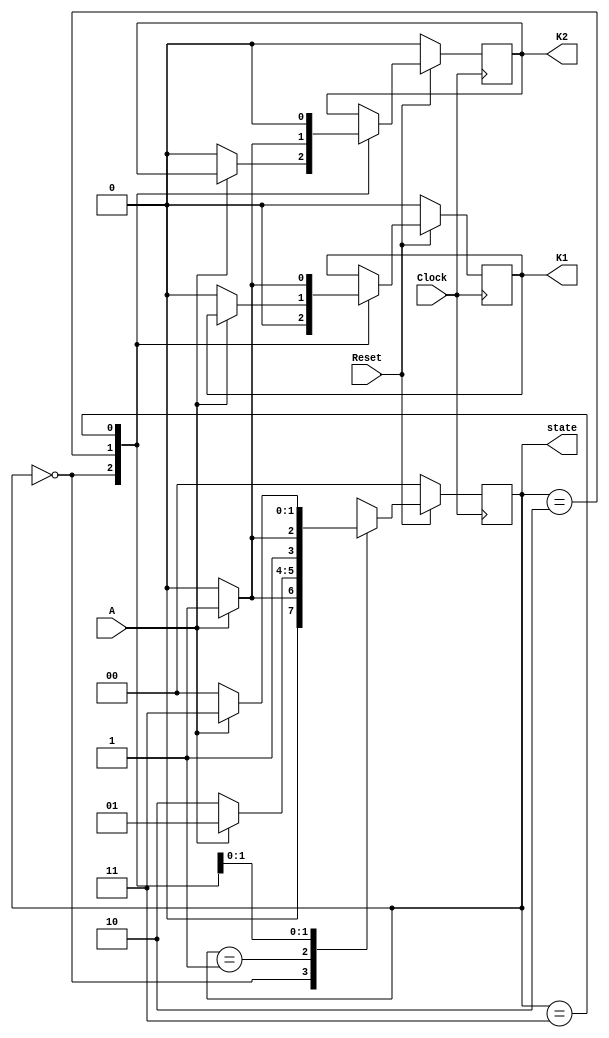
module fsm (
    Clock,Reset,A,K2,K1,state
);
    input Clock,Reset,A;
    output K1,K2;
    output [1:0] state;
    reg K2,K1;
    reg [1:0] state;
    parameter Idle = 2'b00,
              Start = 2'b01,
              Stop = 2'b10,
              Clear = 2'b11;

    always @(posedge Clock) begin
        if(!Reset) begin
          state<=Idle;
          K2<=0;
          K1<=0;
        end
        else
        case(state)
        Idle:if(A) begin
          state<=Start;
          K1<=0;
        end
        else begin
          state<=Idle;
          K2<=0;
          K1<=0;
        end
        Start:if(!A) state<=Stop;
                else state<=Start;
        Stop:if(A) begin
                    state<=Clear;
                    K2<=1;
                    end        
             else begin
                    state<=Stop;
                    K2<=0;
                    K1<=0;
             end
        Clear:if(!A) begin
                    state<=Idle;
                    K2<=0;
                    K1<=0;
        end   
            else begin
                    state<=Clear;
                    K2<=0;
                    K1<=1;
            end
        default:state<=2'bxx;
        endcase
    end
endmodule